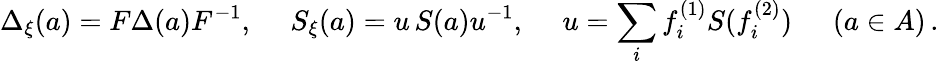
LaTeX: \Delta_{\xi}(a)=F\Delta(a)F^{-1},\quad\; S_{\xi}(a)=u\, S(a)u^{-1},\quad\; u=\sum_{i}f_{i}^{(1)}S(f_{i}^{(2)})\, \quad\; (a\in A)\, .